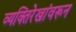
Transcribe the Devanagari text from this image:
व्यक्तिरेखांवरून